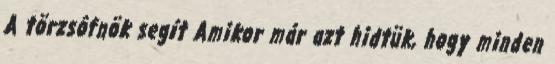
A törzsôfnök segít Amikor már azt hidtük, hogy minden